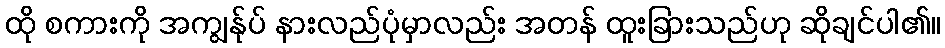
ထို စကားကို အကျွန်ုပ် နားလည်ပုံမှာလည်း အတန် ထူးခြားသည်ဟု ဆိုချင်ပါ၏။